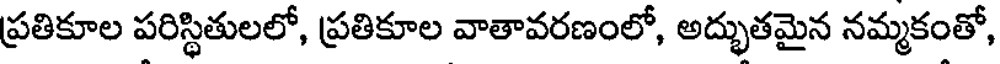
ప్రతికూల పరిస్థితులలో, ప్రతికూల వాతావరణంలో, అద్భుతమైన నమ్మకంతో,